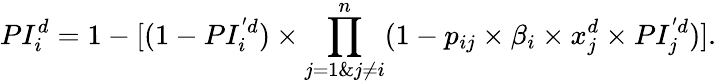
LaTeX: PI_{i}^{d}=1-[(1-PI_{i}^{'d})\times\prod_{j=1\& j\ne i}^{n}(1-p_{ij}\times\beta_{i}\times x_{j}^{d}\times PI_{j}^{'d})].